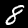
Digit: 8